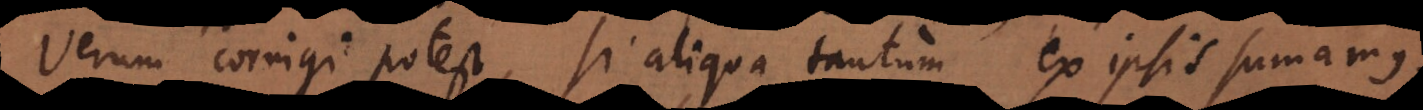
Verum corrigi potest, si aliqua tantum ex ipsis sumamus,